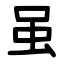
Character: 虽